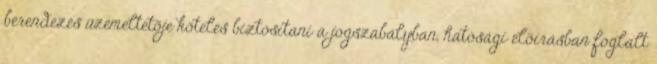
berendezés üzemeltetõje köteles biztosítani a jogszabályban, hatósági elõírásban foglalt